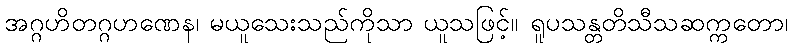
အဂ္ဂဟိတဂ္ဂဟဏေန၊ မယူသေးသည်ကိုသာ ယူသဖြင့်။ ရူပသန္တတိသီသဆက္ကတော၊